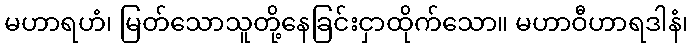
မဟာရဟံ၊ မြတ်သောသူတို့နေခြင်းငှာထိုက်သော။ မဟာဝီဟာရဒါနံ၊